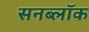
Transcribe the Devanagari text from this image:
सनब्लॉक